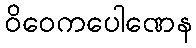
ဝိဝေကပေါဏေန